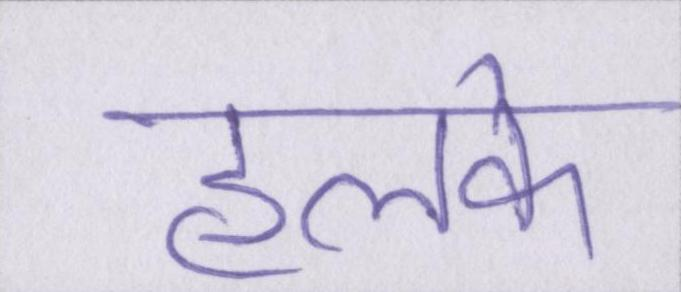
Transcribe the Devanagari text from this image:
हलके